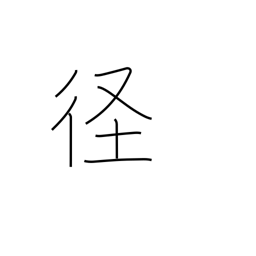
Meaning: diameter